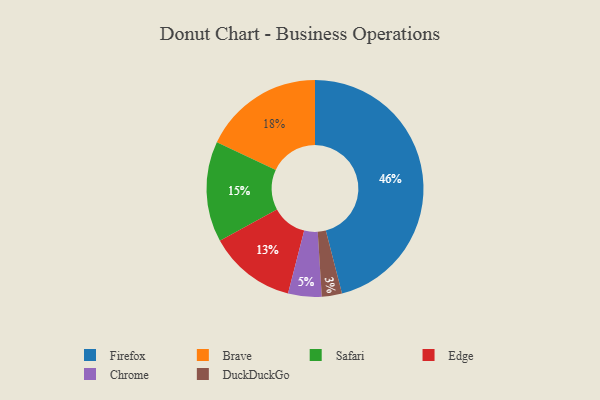
{"axis": {"x": "Category", "y": "Percentage"}, "legend": ["Brave", "Chrome", "DuckDuckGo", "Edge", "Firefox", "Safari"], "data": [{"x": "Safari", "y": 15, "type": "Safari"}, {"x": "Brave", "y": 18, "type": "Brave"}, {"x": "DuckDuckGo", "y": 3, "type": "DuckDuckGo"}, {"x": "Chrome", "y": 5, "type": "Chrome"}, {"x": "Firefox", "y": 46, "type": "Firefox"}, {"x": "Edge", "y": 13, "type": "Edge"}]}